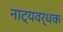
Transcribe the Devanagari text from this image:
नाट्यवर्धक